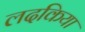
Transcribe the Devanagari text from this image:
लदकिया